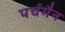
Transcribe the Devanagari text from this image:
पर्चमैन